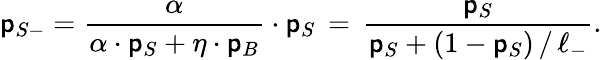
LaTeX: \mathsf{p}_{S-}=\frac{{\alpha}}{{\alpha\cdot\mathsf{p}_{S}+\eta\cdot\mathsf{p}_{B}}}\cdot\mathsf{p}_{S}\, =\, \frac{{\mathsf{p}_{S}}}{{\mathsf{p}_{S}+(1-\mathsf{p}_{S})\, /\, \ell_{-}}}.